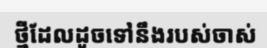
ថ្មីដែលដូចទៅនឹងរបស់ចាស់